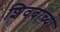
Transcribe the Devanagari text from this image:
शिवबाच्या